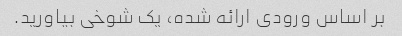
بر اساس ورودی ارائه شده، یک شوخی بیاورید.